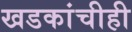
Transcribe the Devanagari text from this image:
खडकांचीही